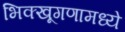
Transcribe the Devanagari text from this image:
भिक्खूगणामध्ये